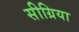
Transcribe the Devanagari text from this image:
सीग्रिया